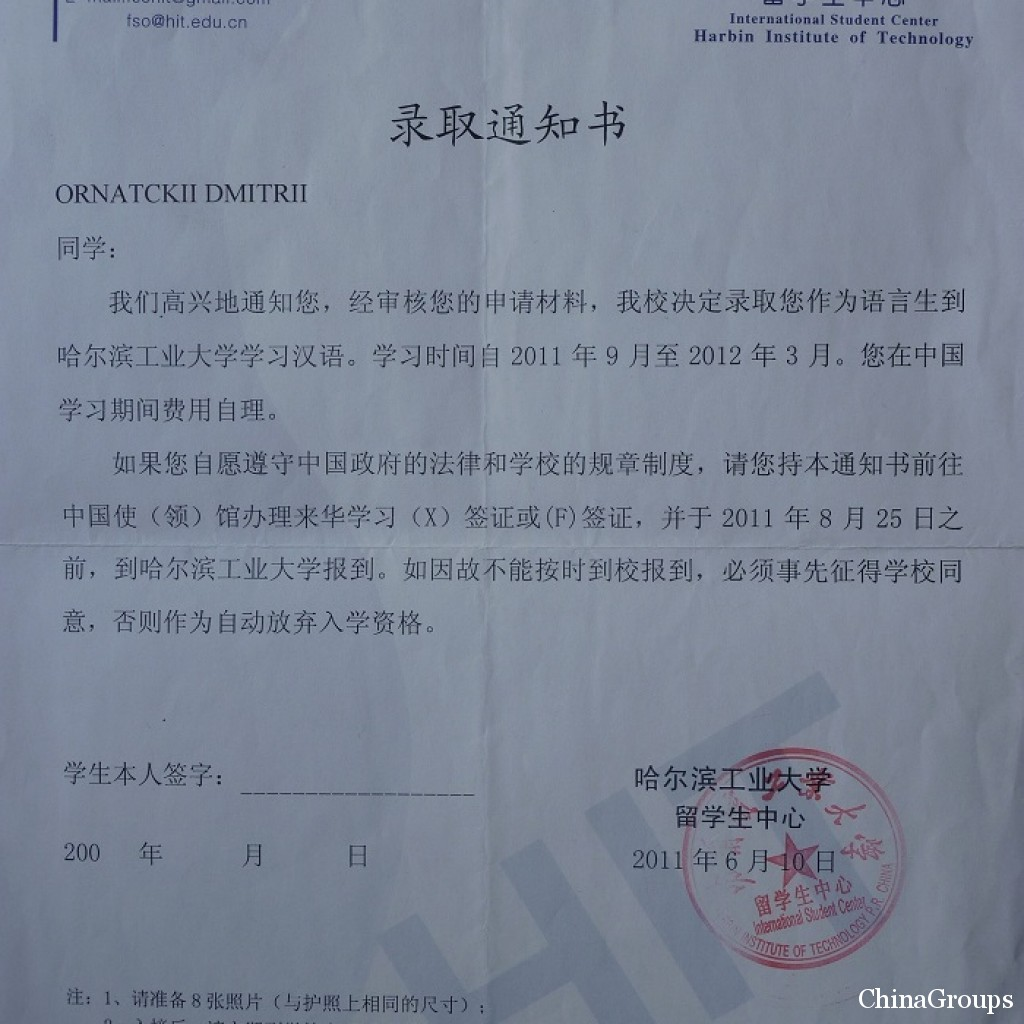
Language: zh